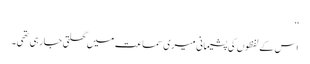
‘‘
اس کے لفظوں کی پشیمانی میری سماعت میں گھلتی جا رہی تھی۔